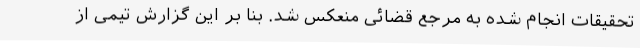
تحقیقات انجام شده به مرجع قضائی منعکس شد. بنا بر این گزارش تیمی از